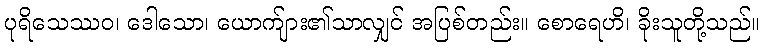
ပုရိသေဿဝ၊ ဒေါသော၊ ယောက်ျား၏သာလျှင် အပြစ်တည်း။ စောရေဟိ၊ ခိုးသူတို့သည်။